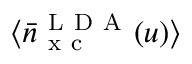
\langle \bar { n } _ { \mathrm { ~ x ~ c ~ } } ^ { \mathrm { ~ L ~ D ~ A ~ } } ( u ) \rangle